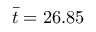
\bar { t } = 2 6 . 8 5